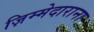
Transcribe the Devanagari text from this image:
ज़िम्मेदाराना